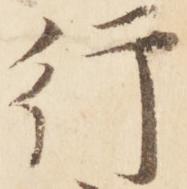
行